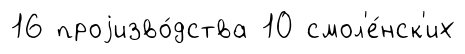
16 проjизво́дства 10 смол'е́нск'их